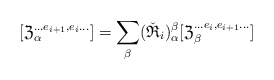
\begin{align*}[\mathfrak Z^{\ldots e_{i+1},e_{i}\ldots}_\alpha]=\sum_\beta(\check {\mathfrak R}_i)_{\alpha}^{\beta} [\mathfrak Z^{\ldots e_{i},e_{i+1}\ldots}_\beta]\end{align*}